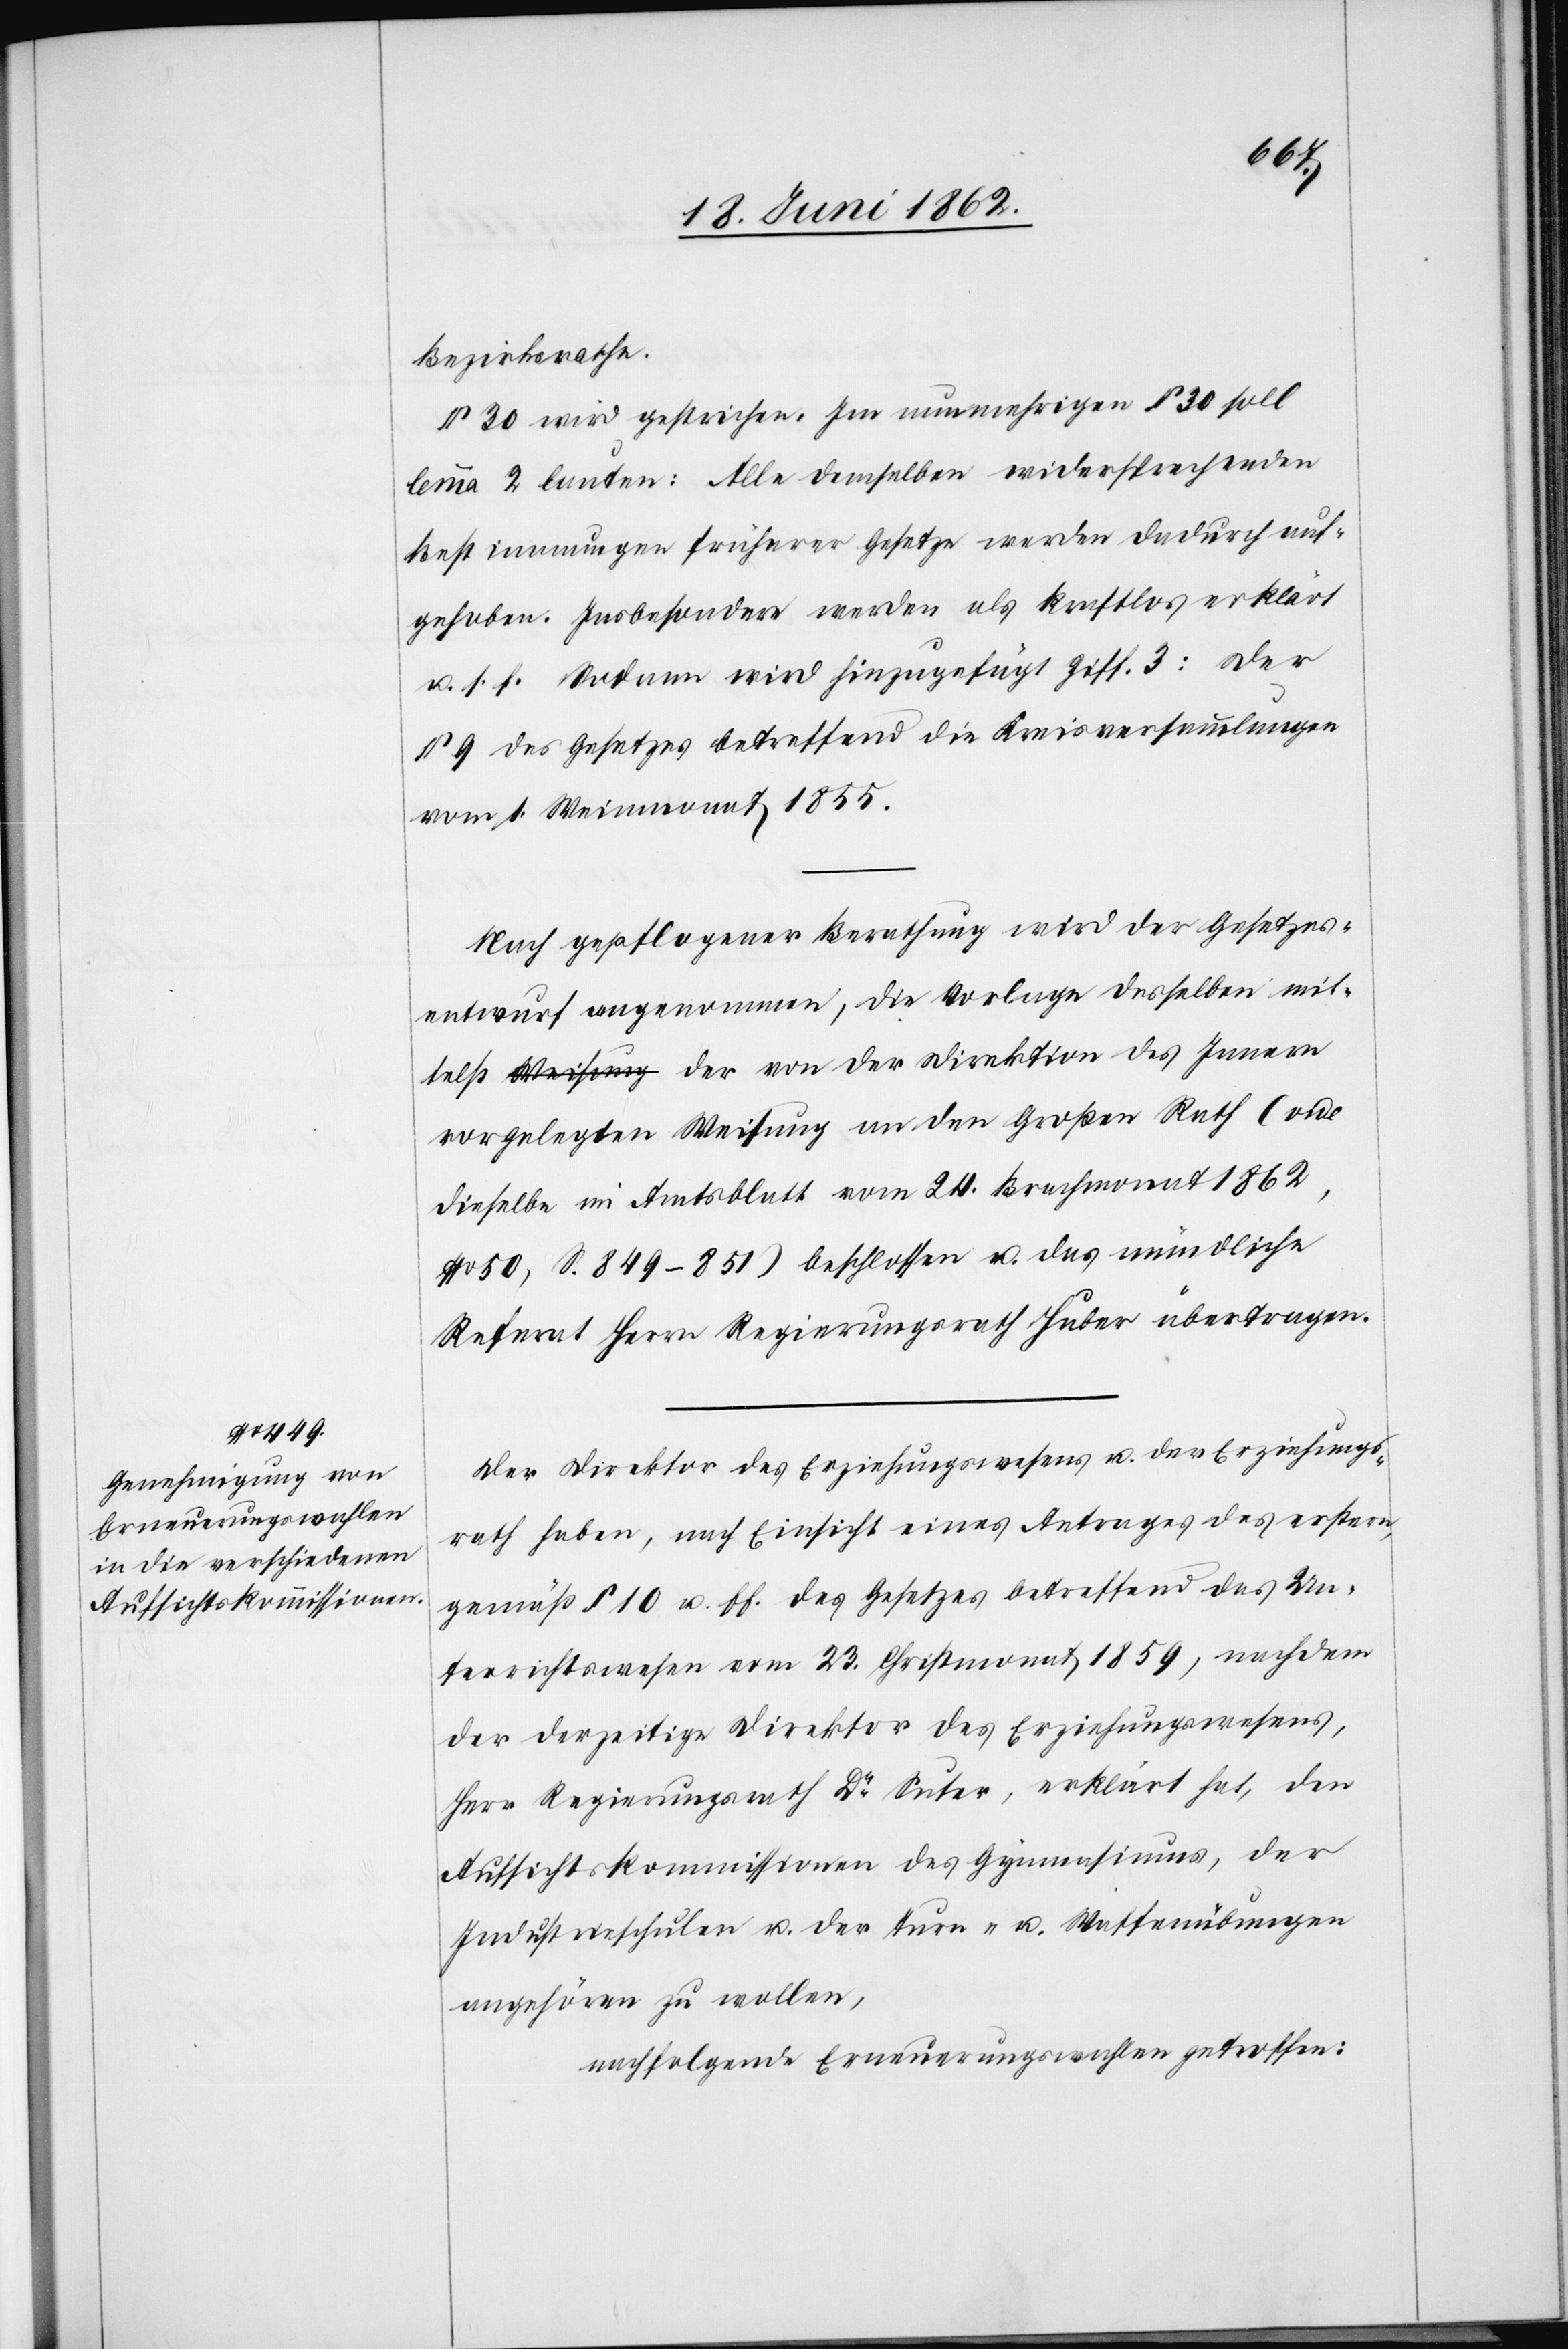
telst
Bezirksrathe.
§ 30 wird gestrichen. Im nunmehrigen § 30 soll
lemma 2 lauten: Alle demselben widersprechenden
Bestimmungen früherer Gesetze werden dadurch auf¬
gehoben. Insbesondere werden als kraftlos erklärt
u. s. f. Sodann wird hinzugefügt Ziff. 3: Der
§ 9 des Gesetzes betreffend die Kreisversammlungen
vom 1. Weinmonat 1855.
Nach gepflogener Berathung wird der Gesetzes¬
entwurf angenommen, die Vorlage desselben mit¬
vorgelegten Weisung an den Großen Rath (vide
dieselbe im Amtsblatt vom 24. Brachmonat 1862,
No 50, S. 849–851) beschlossen u. das mündliche
Referat Herrn Regierungsrathe Huber übertragen.
Der Direktor des Erziehungswesens u. der Erziehungs¬
rath haben, nach Einsicht eines Antrages des erstern,
gemäß § 10 u. ff. des Gesetzes betreffend das Un¬
terrichtswesen vom 23. Christmonat 1859, nachdem
der derzeitige Direktor des Erziehungswesens,
Herr Regierungsrath Dr. Suter, erklärt hat, den
Aufsichtskommissionen des Gymnasiums, der
Industrieschulen u. der Turn- u. Waffenübungen
angehören zu wollen,
nachfolgende Erneuerungswahlen getroffen: